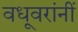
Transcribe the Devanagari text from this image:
वधूवरांनीं